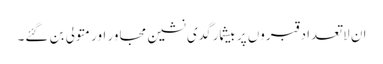
ان لاتعداد قبروں پر بیشمار گدی نشین مجاور اور متولی بن گئے۔